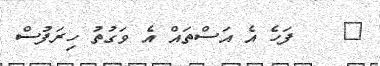
٤    ފަހެ އެ އަސްތައް އެ ވަގުތު ހިރަފުސް